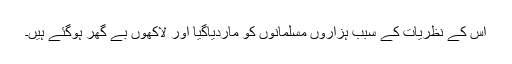
اس کے نظریات کے سبب ہزاروں مسلمانوں کو ماردیاگیا اور لاکھوں بے گھر ہوگئے ہیں۔